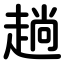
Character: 趟